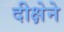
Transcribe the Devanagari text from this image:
दीक्षेने